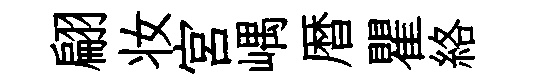
翩妆宮嵎暦瞿絡